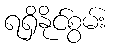
ရရှိနိုင်စွမ်း